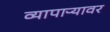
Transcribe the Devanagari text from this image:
व्यापाऱ्यावर